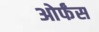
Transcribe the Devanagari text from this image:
ओर्फंस